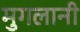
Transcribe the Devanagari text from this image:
मुगलानी